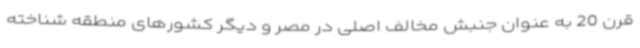
قرن 20 به عنوان جنبش مخالف اصلی در مصر و دیگر کشورهای منطقه شناخته